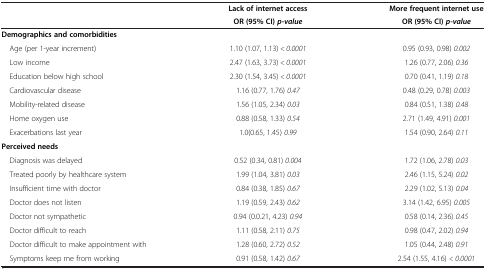
<table><thead><tr><td><b> </b></td><td><b>Lack of internet access</b></td><td><b>More frequent internet use</b></td></tr><tr><td><b> </b></td><td><b>OR (95% CI)<i>p-value</i></b></td><td><b>OR (95% CI)<i>p-value</i></b></td></tr></thead><tbody><tr><td><b>Demographics and comorbidities</b></td><td> </td><td> </td></tr><tr><td> Age (per 1-year increment)</td><td>1.10 (1.07, 1.13) <i>&lt; 0.0001</i></td><td>0.95 (0.93, 0.98) <i>0.002</i></td></tr><tr><td> Low income</td><td>2.47 (1.63, 3.73) <i>&lt; 0.0001</i></td><td>1.26 (0.77, 2.06) <i>0.36</i></td></tr><tr><td> Education below high school</td><td>2.30 (1.54, 3.45) <i>&lt; 0.0001</i></td><td>0.70 (0.41, 1.19) <i>0.18</i></td></tr><tr><td> Cardiovascular disease</td><td>1.16 (0.77, 1.76) <i>0.47</i></td><td>0.48 (0.29, 0.78) <i>0.003</i></td></tr><tr><td> Mobility-related disease</td><td>1.56 (1.05, 2.34) <i>0.03</i></td><td>0.84 (0.51, 1.38) <i>0.48</i></td></tr><tr><td> Home oxygen use</td><td>0.88 (0.58, 1.33) <i>0.54</i></td><td>2.71 (1.49, 4.91) <i>0.001</i></td></tr><tr><td> Exacerbations last year</td><td>1.0(0.65, 1.45) <i>0.99</i></td><td>1.54 (0.90, 2.64) <i>0.11</i></td></tr><tr><td><b>Perceived needs</b></td><td> </td><td> </td></tr><tr><td> Diagnosis was delayed</td><td>0.52 (0.34, 0.81) <i>0.004</i></td><td>1.72 (1.06, 2.78) <i>0.03</i></td></tr><tr><td> Treated poorly by healthcare system</td><td>1.99 (1.04, 3.81) <i>0.03</i></td><td>2.46 (1.15, 5.24) <i>0.02</i></td></tr><tr><td> Insufficient time with doctor</td><td>0.84 (0.38, 1.85) <i>0.67</i></td><td>2.29 (1.02, 5.13) <i>0.04</i></td></tr><tr><td> Doctor does not listen</td><td>1.19 (0.59, 2.43) <i>0.62</i></td><td>3.14 (1.42, 6.95) <i>0.005</i></td></tr><tr><td> Doctor not sympathetic</td><td>0.94 (0.0.21, 4.23) <i>0.94</i></td><td>0.58 (0.14, 2.36) <i>0.45</i></td></tr><tr><td> Doctor difficult to reach</td><td>1.11 (0.58, 2.11) <i>0.75</i></td><td>0.98 (0.47, 2.02) <i>0.94</i></td></tr><tr><td> Doctor difficult to make appointment with</td><td>1.28 (0.60, 2.72) <i>0.52</i></td><td>1.05 (0.44, 2.48) <i>0.91</i></td></tr><tr><td> Symptoms keep me from working</td><td>0.91 (0.58, 1.42) <i>0.67</i></td><td>2.54 (1.55, 4.16) <i>&lt; 0.0001</i></td></tr></tbody></table>